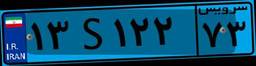
۱۳S۱۲۲۷۳